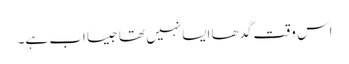
اس وقت گدھا ایسا نہیں تھا جیسا اب ہے۔